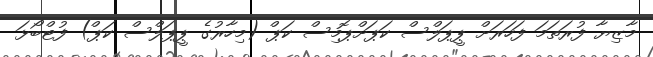
މާޒިޔާ ފުރަތަމަ ފަހަރަށް ޕީޕަލްސް ކަޕަށްޕޮމިސް ކަޕް (މިހާރުގެ ޕީޕަލްސް ކަޕް) ފުޓްބޯޅަ